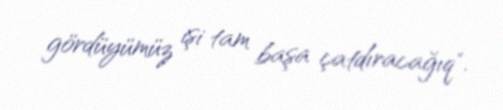
gördüyümüz işi tam başa çatdıracağıq".